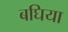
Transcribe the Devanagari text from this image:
बघिया